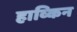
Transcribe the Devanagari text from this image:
हाव्किन